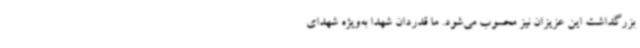
بزرگداشت این عزیزان نیز محسوب می‌شود. ما قدردان شهدا به‌ویژه شهدای